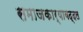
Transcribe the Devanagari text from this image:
समाजकार्याबद्दल